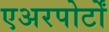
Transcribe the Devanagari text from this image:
एअरपोर्टों